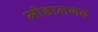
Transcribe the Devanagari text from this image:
मोडालगढ़